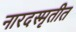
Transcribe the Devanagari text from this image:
नारदस्मृतीत